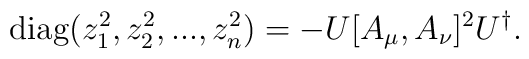
{\rm diag}(z_1^2,z_2^2,...,z_n^2)=-U[A_\mu,A_\nu]^2U^\dagger.